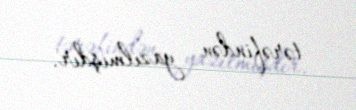
tərəfindən yazılmışdır.